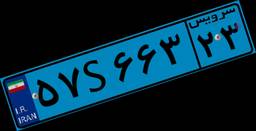
۵۷S۶۶۳۲۳